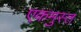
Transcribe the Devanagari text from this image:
एकमुस्त